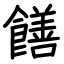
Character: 饍